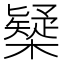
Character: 𣝆